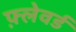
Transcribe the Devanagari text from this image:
फ़्लेवर्ड